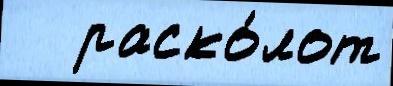
   раско́лот